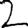
Digit: 2